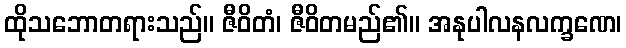
ထိုသဘောတရားသည်။ ဇီဝိတံ၊ ဇီဝိတမည်၏။ အနုပါလနလက္ခဏေ၊